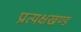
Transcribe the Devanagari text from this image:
प्रत्यक्षखण्ड